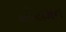
નીયમન